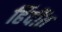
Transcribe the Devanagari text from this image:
हिंदींत